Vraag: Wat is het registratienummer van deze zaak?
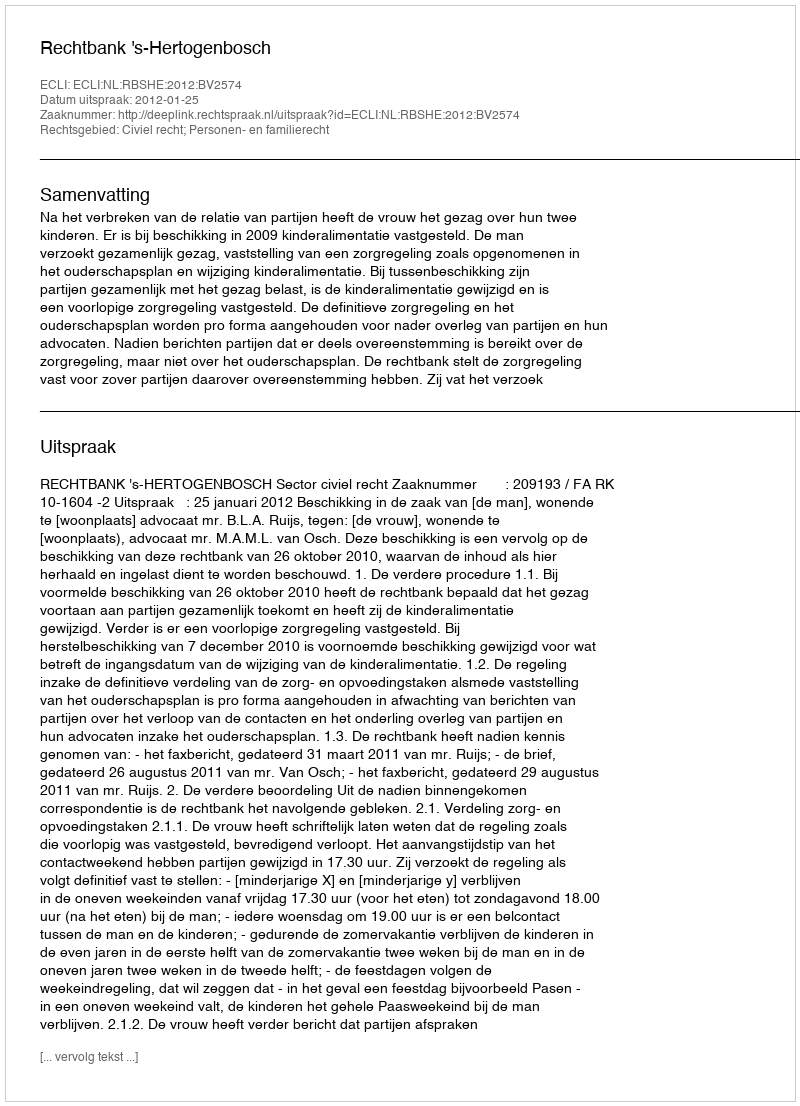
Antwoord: http://deeplink.rechtspraak.nl/uitspraak?id=ECLI:NL:RBSHE:2012:BV2574